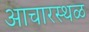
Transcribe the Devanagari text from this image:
आचारस्थळ